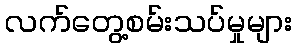
လက်တွေ့စမ်းသပ်မှုများ